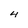
Character: 4